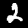
Label: 2